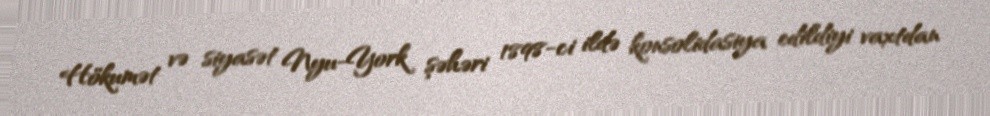
Hökumət və siyasət Nyu-York şəhəri 1898-ci ildə konsolidasiya edildiyi vaxtdan